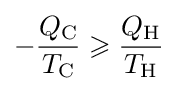
-{\frac {Q_{\text{C}}}{T_{\text{C}}}}\geqslant {\frac {Q_{\text{H}}}{T_{\text{H}}}}